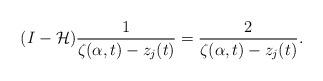
LaTeX: \begin{align*}(I-\mathcal{H})\frac{1}{\zeta(\alpha,t)-z_j(t)}=\frac{2}{\zeta(\alpha,t)-z_j(t)}.\end{align*}